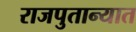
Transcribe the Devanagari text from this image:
राजपुतान्यात